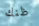
ظنك